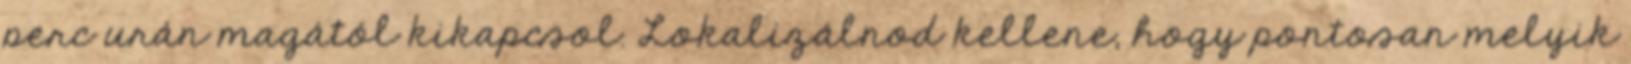
perc urán magától kikapcsol. Lokalizálnod kellene, hogy pontosan melyik